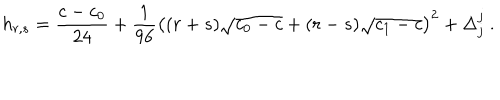
h _ { r , s } = { \frac { c - c _ { 0 } } { 2 4 } } + { \frac { 1 } { 9 6 } } \left( ( r + s ) \sqrt { c _ { 0 } - c } + ( r - s ) \sqrt { c _ { 1 } - c } \right) ^ { 2 } + \Delta _ { j } ^ { j } { } ~ .